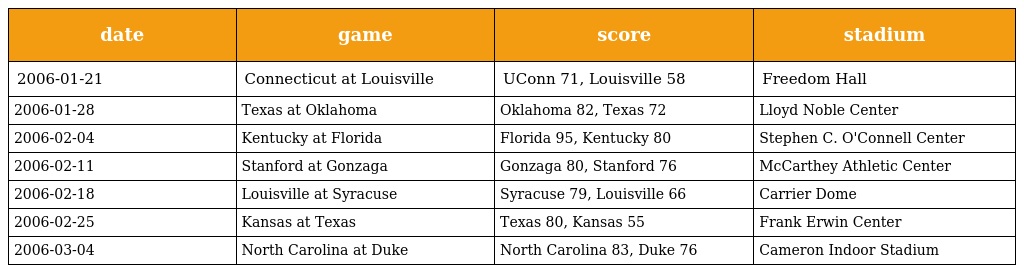
| date | game | score | stadium |
 | --- | --- | --- | --- |
 | 2006-01-21 | Connecticut at Louisville | UConn 71, Louisville 58 | Freedom Hall |
 | 2006-01-28 | Texas at Oklahoma | Oklahoma 82, Texas 72 | Lloyd Noble Center |
 | 2006-02-04 | Kentucky at Florida | Florida 95, Kentucky 80 | Stephen C. O'Connell Center |
 | 2006-02-11 | Stanford at Gonzaga | Gonzaga 80, Stanford 76 | McCarthey Athletic Center |
 | 2006-02-18 | Louisville at Syracuse | Syracuse 79, Louisville 66 | Carrier Dome |
 | 2006-02-25 | Kansas at Texas | Texas 80, Kansas 55 | Frank Erwin Center |
 | 2006-03-04 | North Carolina at Duke | North Carolina 83, Duke 76 | Cameron Indoor Stadium |